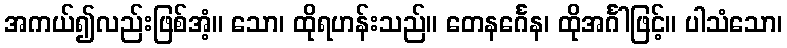
အကယ်၍လည်းဖြစ်အံ့။ သော၊ ထိုရဟန်းသည်။ တေနင်္ဂေန၊ ထိုအင်္ဂါဖြင့်။ ပါသံသော၊